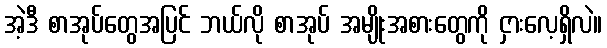
အဲ့ဒီ စာအုပ်တွေအပြင် ဘယ်လို စာအုပ် အမျိုးအစားတွေကို ငှားလေ့ရှိလဲ။